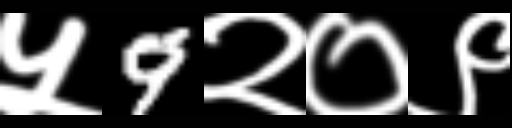
Text: ५9२०९